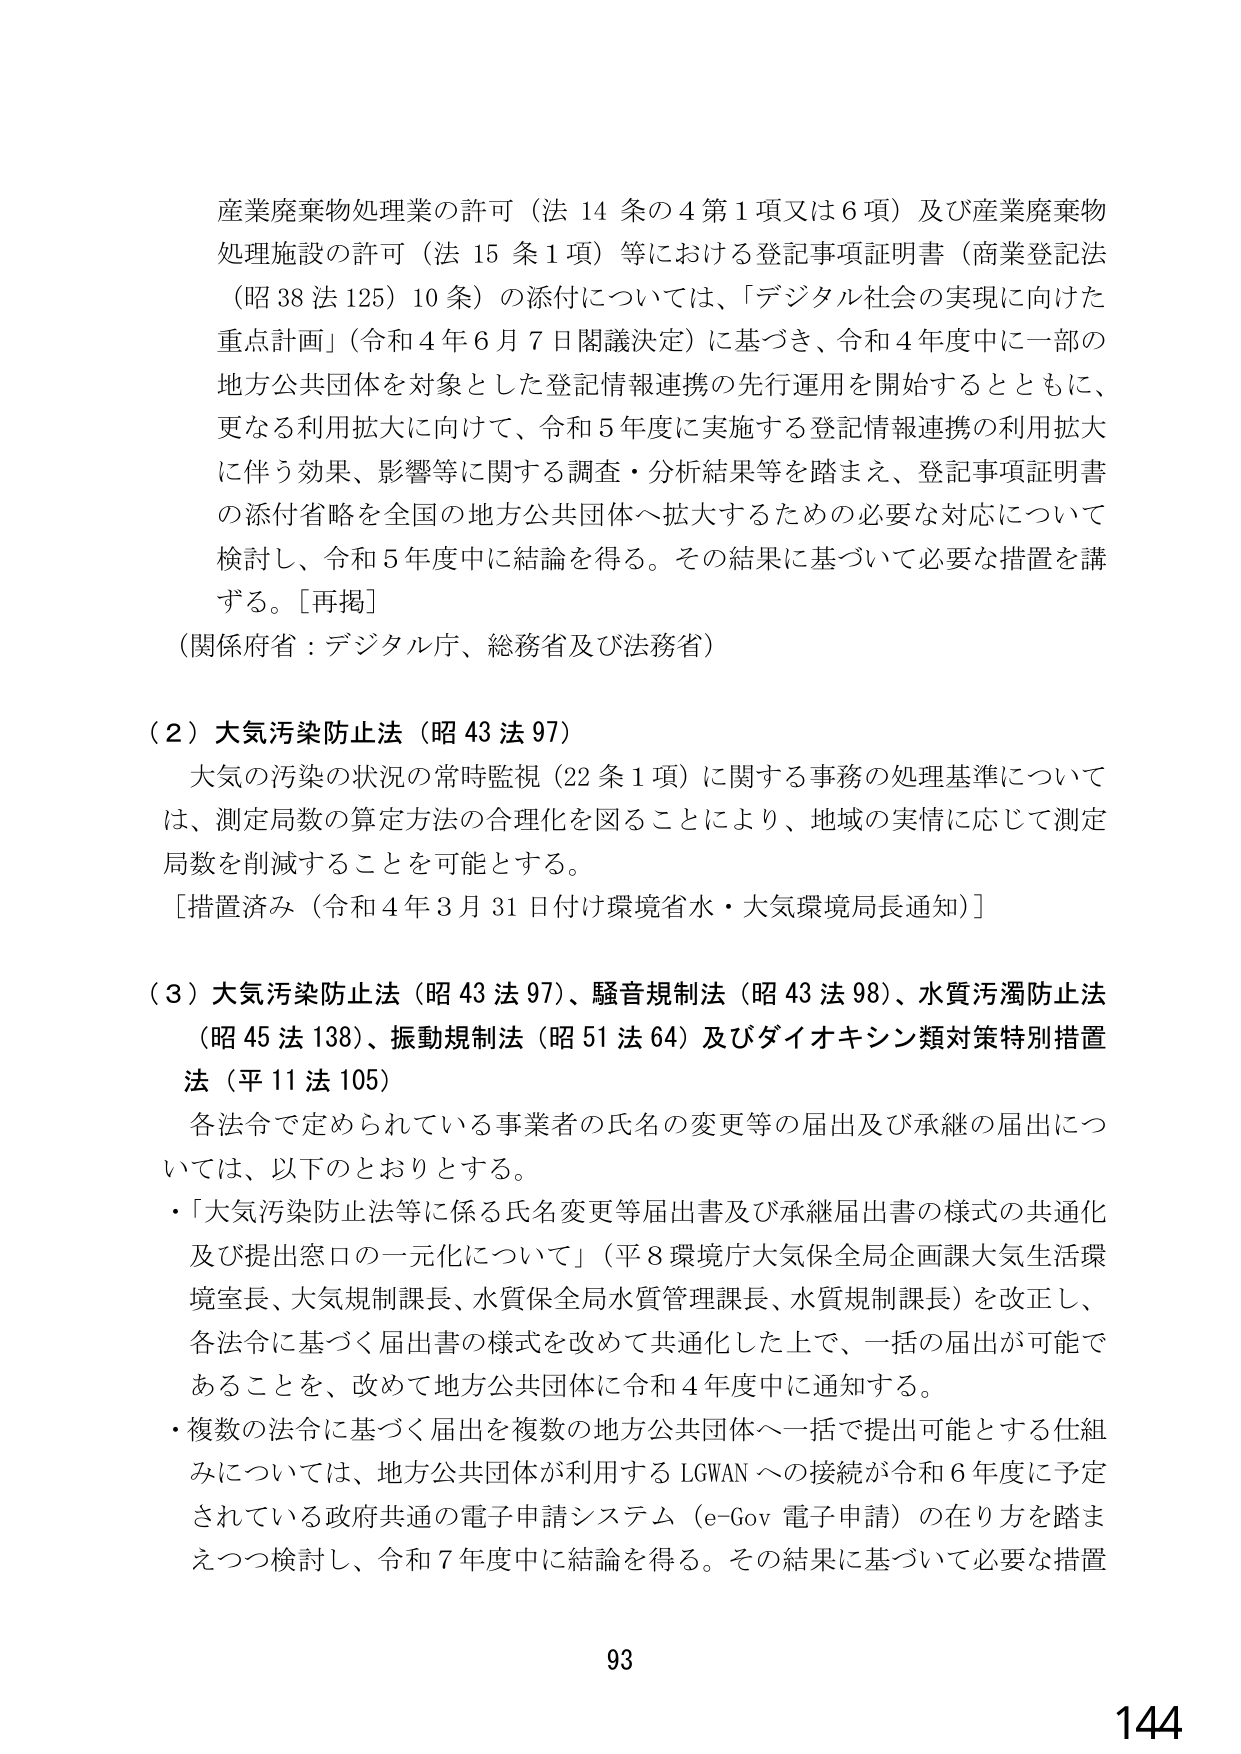
産業廃棄物処理業の許可（法14条の4第1項又は6項）及び産業廃棄物処理施設の許可（法15条1項）等における登記事項証明書（商業登記法（昭38法125）10条）の添付については、「デジタル社会の実現に向けた重点計画」（令和4年6月7日閣議決定）に基づき、令和4年度中に一部の地方公共団体を対象とした登記情報連携の先行運用を開始するとともに、更なる利用拡大に向けて、令和5年度に実施する登記情報連携の利用拡大に伴う効果、影響等に関する調査・分析結果等を踏まえ、登記事項証明書の添付省略を全国の地方公共団体へ拡大するための必要な対応について検討し、令和5年度中に結論を得る。その結果に基づいて必要な措置を講ずる。[再掲]

（関係府省：デジタル庁、総務省及び法務省）

（2）大気汚染防止法（昭43法97）

大気の汚染の状況の常時監視（22条1項）に関する事務の処理基準については、測定局数の算定方法の合理化を図ることにより、地域の実情に応じて測定局数を削減することを可能とする。

[措置済み（令和4年3月31日付け環境省水・大気環境局長通知）]

（3）大気汚染防止法（昭43法97）、騒音規制法（昭43法98）、水質汚濁防止法（昭45法138）、振動規制法（昭51法64）及びダイオキシン類対策特別措置法（平11法105）

各法令で定められている事業者の氏名の変更等の届出及び承継の届出については、以下のとおりとする。

・「大気汚染防止法等に係る氏名変更等届出書及び承継届出書の様式の共通化及び提出窓口の一元化について」（平8環境庁大気保全局企画課大気生活環境室長、大気規制課長、水質保全局水質管理課長、水質規制課長）を改正し、各法令に基づく届出書の様式を改めて共通化した上で、一括の届出が可能であることを、改めて地方公共団体に令和4年度中に通知する。

・複数の法令に基づく届出を複数の地方公共団体へ一括で提出可能とする仕組みについては、地方公共団体が利用するLGWANへの接続が令和6年度に予定されている政府共通の電子申請システム（e-Gov電子申請）の在り方を踏まえつつ検討し、令和7年度中に結論を得る。その結果に基づいて必要な措置

93

144